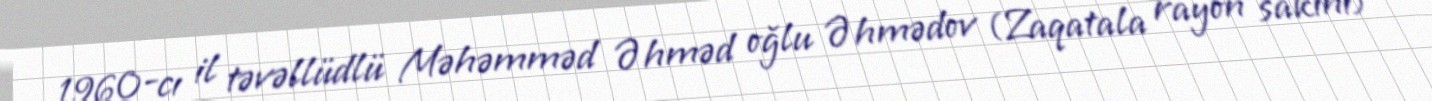
1960-cı il təvəllüdlü Məhəmməd Əhməd oğlu Əhmədov (Zaqatala rayon sakini)